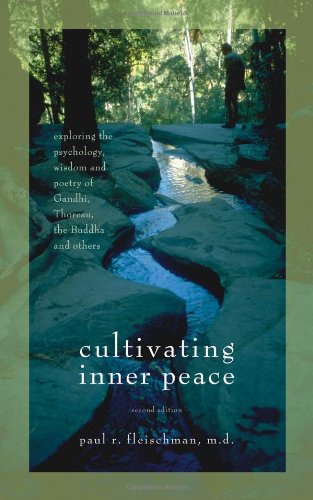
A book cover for Cultivating Inner Peace: Exploring the Psychology, Wisdom and Poetry of Gandhi, Thoreau, the Buddha, and Others; Paul R. Fleischman MD; Religion & Spirituality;